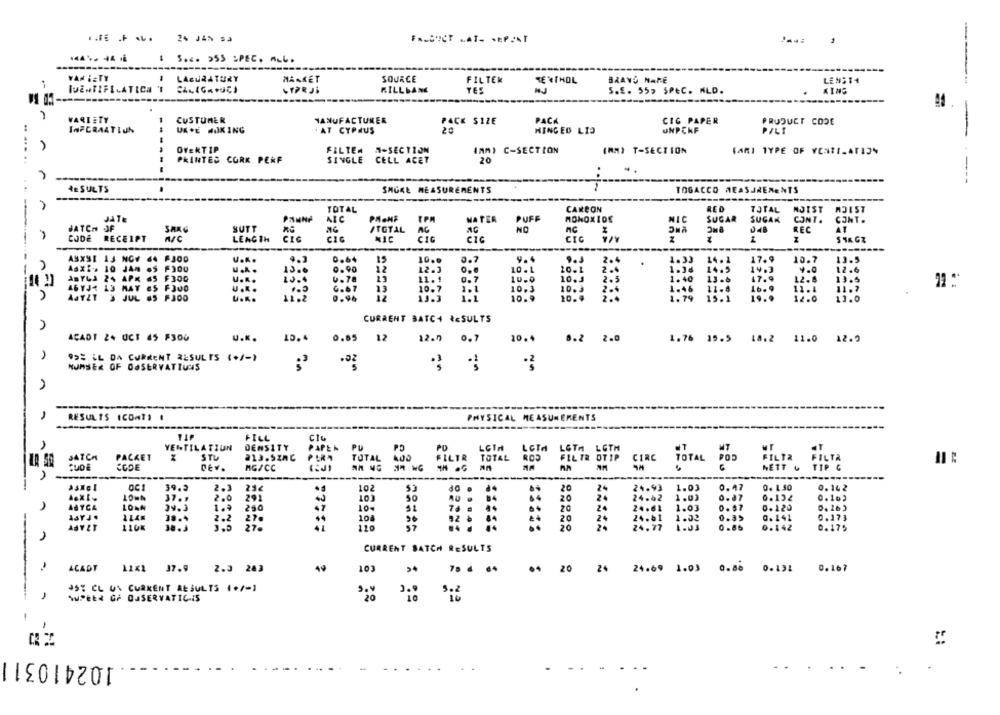
: S.4. 955 SPEC. ALL.
----
VAN iETY
LACURATURY
MANKET
SOURCE
FILTER
BRAVO NARE
LENS14
TEXTHOL
RILLDAME
YES
S.E. 55> SPEC. ALD.
KING
VARIETY
CUSTUMER
MANUFACTURER
PACK SIZE
PACA
CIG PAPER
PRODUCT CODE
..
UK.E WOKING
UNPEKF
INFORMATION
. AT CYPRUS
20
HINGED LIS
PILI
OVERTIP
FILTE# #-SECTION
(MM) C-SECTION
INMI T-SECTION
(ARI TYPE OF VENTILATION
PRINTED CORK PERF
SINGLE CELL ACET
20
----
RESULTS
SMOKE MEASUREMENTS
TOSACCO MEASUREMENTS
CAREON
RED
MOIST MOIST
TOTAL
TOTAL
JATE
PANNA
AIC
TPM
WATER
PUFF
MONOXIDE
NIC
SUGAR
SUGAR
CONT.
CONT.
BATCH JF
SUTT
NC
/TOTAL
NO
AC
REC
AT
CODE
RECEIPT
A/C
LEAC TH
CIC
CIC
CIG
STK GZ
ASXSI 13 NOV
64 FJOD
4.3
10.0
2.4
14.1
17.9
13.5
U ...
0.64
0.7
9.4
1.33
10.7
....
13.6
0.90
12
12.3
0 ..
10. L
20.1
2.
1.34
14.5
4.0
12.6
ABYLJ 24
45 F300
U ...
6.78
11. 1
10.0
10.3
2.5
1.40
13 .6
17.9
12. 8
13.5
46YJ4 13 MAY
13
10.7
U ...
G.&T
10.3
10.3
2.4
1.46
11.5
16. 9
11.1
11.7
AaY&T
1JUL
U.K.
11.2
13.3
1.1
10.9
10.9
2.
1.79
15.1
19.9
12.0
13.0
CURRENT BATCH RESULTS
ACADT 2+ UCT 45 F300
u.K.
10.4
0.05
12
12.0
0.7
10.4
8.2 2.0
1.76 15.5 18.2 11.0 12.9
95% LL DA CURRENT RESULTS (+/-)
.02
NUMSER OF OSSERVATIUCIS
,
RESULTS ICOATS #
PHYSICAL MEASUREMENTS
FILL
VENTILATION
DENSITY
PAPEN
PU
LGIA
LCIA
LOTH
SATCH
PACKET
STU
213.SzAC
PARA
FILTR
TOTAL
ROS
FILTR OTIP
CIRC
TOTAL POD FILTR FILTR
JUDE
DEv.
MG/CC
TOTAL COOL
----
39.3
2-3
236
. E
102
53
20
24
24.93 1.03
0.47
0.14 2
.4
0. 1.50
37 .,
2.0
291
103
50
24
24.62 1.03
0.103
39.3
1.9
10-
51
0. 16 3
AaYJ.
2.2
27.
44
108
0.173
--
L10K
38.3
27
41
110
57
20
24.77 1.93
0.86 0:142
0.175
CURRENT SATCH RESULTS
-
ACADY 11X1 37.9
2.3 283
40
103
20
24
24.69 1.03 0.86 0.192 0.167
45% CL UN CURRENT RESULTS (+/-)
1
WPEER GF OSSERVATIC IS
-
10241031